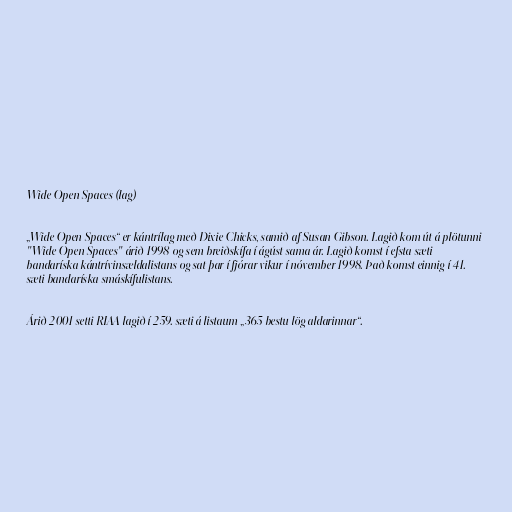
Wide Open Spaces (lag)

„Wide Open Spaces“ er kántrílag með Dixie Chicks, samið af Susan Gibson. Lagið kom út á plötunni
"Wide Open Spaces" árið 1998 og sem breiðskífa í ágúst sama ár. Lagið komst í efsta sæti
bandaríska kántrívinsældalistans og sat þar í fjórar vikur í nóvember 1998. Það komst einnig í 41.
sæti bandaríska smáskífulistans.

Árið 2001 setti RIAA lagið í 259. sæti á listaum „365 bestu lög aldarinnar“.